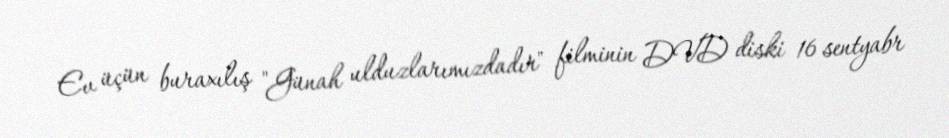
Ev üçün buraxılış "Günah ulduzlarımızdadır" filminin DVD diski 16 sentyabr